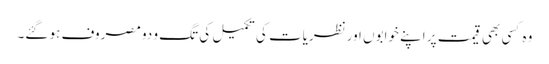
وہ کسی بھی قیمت پر اپنے خوابوں اورنظریات کی تکمیل کی تگ و دو مصروف ہو گئے۔